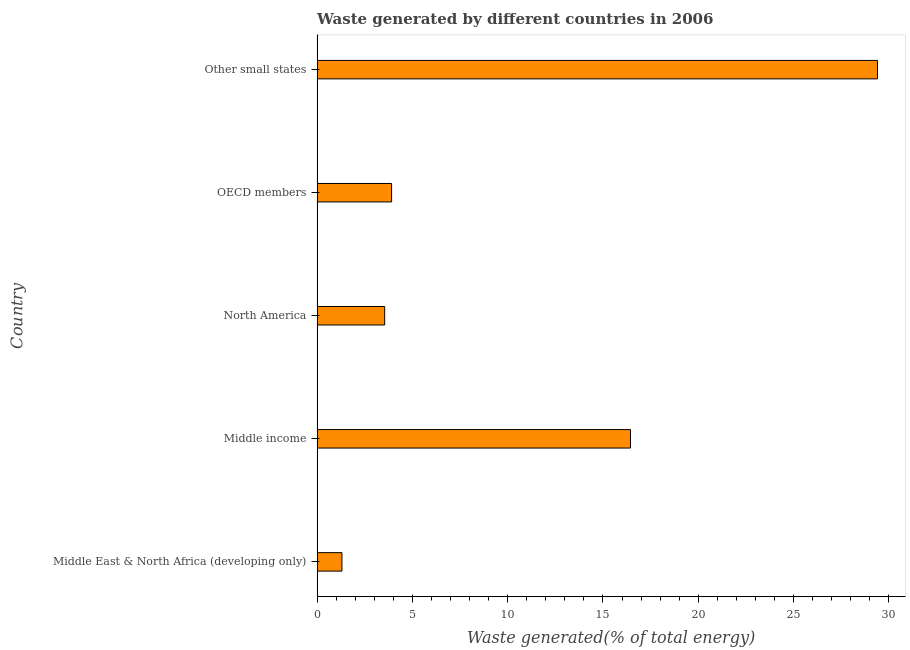
| Country | Combustible renewables and waste (% of total energy) |
 | --- | --- |
 | Middle East & North Africa (developing only) | 1.31 |
 | Middle income | 16.4 |
 | North America | 3.55 |
 | OECD members | 3.91 |
 | Other small states | 29.4 |